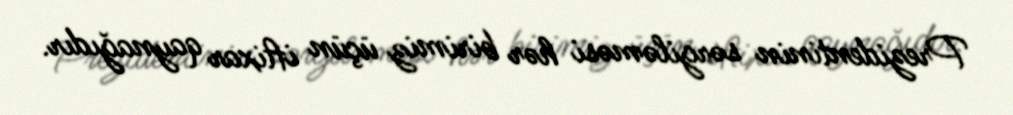
Prezidentinin sərgiləməsi hər birimiz üçün iftixar qaynağıdır.